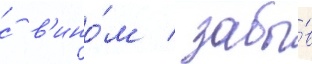
с в'ино́м / забы́в